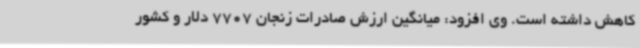
کاهش داشته است. وی افزود: میانگین ارزش صادرات زنجان 7707 دلار و کشور